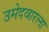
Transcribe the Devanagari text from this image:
उमेदवारला